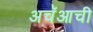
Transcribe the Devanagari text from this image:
अचॅआची